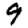
Digit: 9